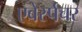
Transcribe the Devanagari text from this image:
एबेर्स्पचर